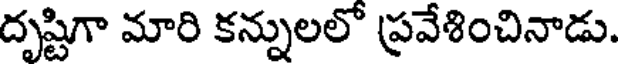
దృష్టిగా మారి కన్నులలో ప్రవేశించినాడు.